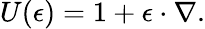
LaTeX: U(\mathbf{\epsilon})=1+\mathbf{\epsilon}\cdot\nabla.